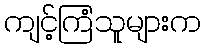
ကျင့်ကြံသူများက